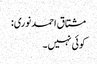
مشتاق احمد نوری:
کوئی نہیں۔